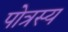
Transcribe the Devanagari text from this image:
पोत्रस्य